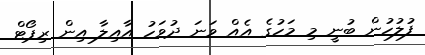
ފުލުހުން ބުނީ މި މަހުގެ އެއް ވަނަ ދުވަހު އާއިލާ އިން ރިޕޯޓް